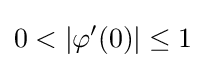
0<|\varphi '(0)|\leq 1